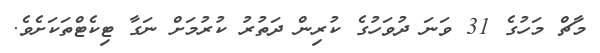
މާޗް މަހުގެ 31 ވަނަ ދުވަހުގެ ކުރިން ދަތުރު ކުރުމަށް ނަގާ ޓިކެޓްތަކަށެވެ.